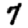
Digit: 7